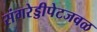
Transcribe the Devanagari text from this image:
संगरेड्डीपेटजवळ